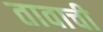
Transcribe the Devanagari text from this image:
तावाची